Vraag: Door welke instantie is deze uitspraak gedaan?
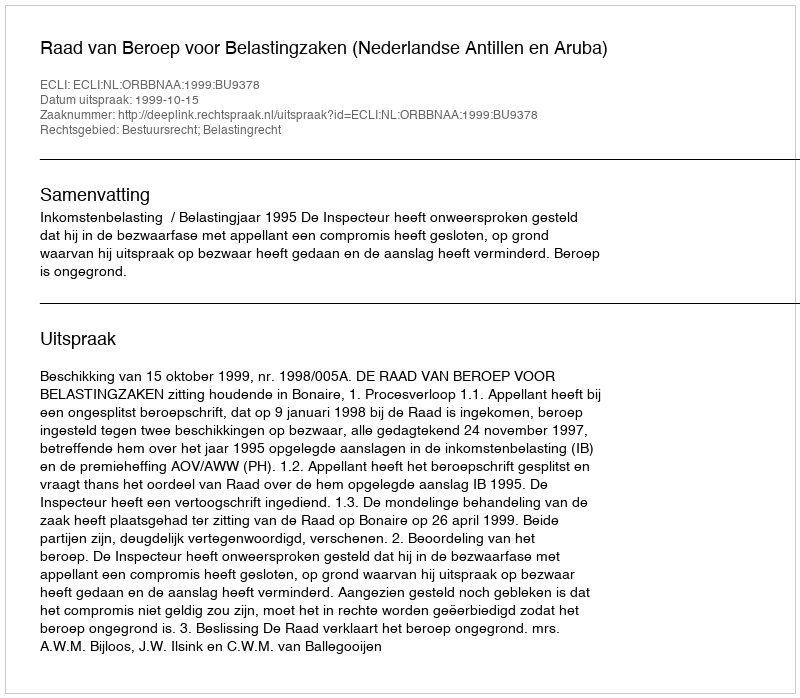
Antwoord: Raad van Beroep voor Belastingzaken (Nederlandse Antillen en Aruba)